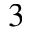
{ 3 }